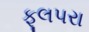
ફૂલપરા